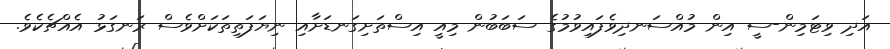
އަދި ވިޓަމިން-ސީ އިން މުއްސަނދިވެފައިވުމުގެ ސަބަބުން މިއީ އިސްތަށިގަނޑަށާއި ނިޔަފަތިތަކަށްވެސް ރަނގަޅު އެއްޗެކެވެ.